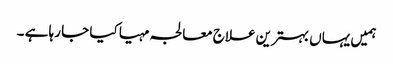
ہمیں یہاں بہترین علاج معالجہ مہیا کیا جا رہا ہے ۔